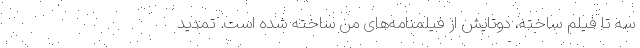
سه تا فیلم ساخته، دوتایش از فیلمنامه‌های من ساخته شده است. تمدید